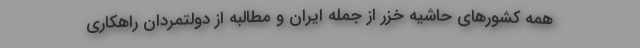
همه کشور‌های حاشیه خزر از جمله ایران و مطالبه از دولتمردان راهکاری